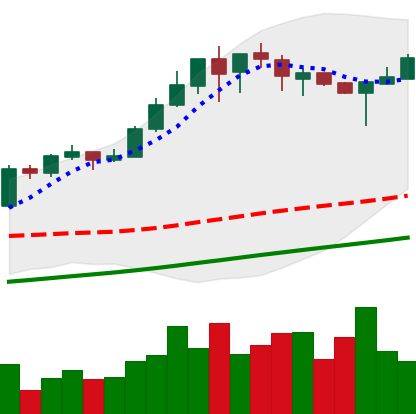
Ticker: BTC-USD
Chart end date: 2017-08-24
Forward return: 5.637%
Label: up_5_7